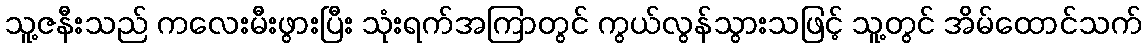
သူ့ဇနီးသည် ကလေးမီးဖွားပြီး သုံးရက်အကြာတွင် ကွယ်လွန်သွားသဖြင့် သူ့တွင် အိမ်ထောင်သက်